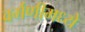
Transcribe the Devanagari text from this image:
वर्गणीमध्ये